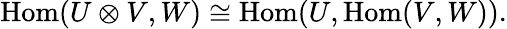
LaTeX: \mathrm{Hom}(U\otimes V,W)\cong\mathrm{Hom}(U,\mathrm{Hom}(V,W)).